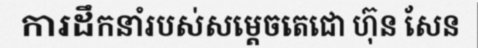
ការដឹកនាំរបស់សម្តេចតេជោ ហ៊ុន សែន